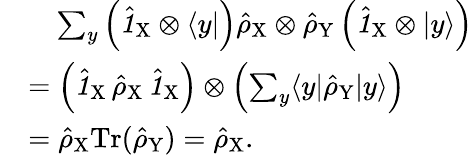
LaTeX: \begin{array}{rl}&{\quad\sum_{y}\left(\hat{\textbf{\textit{1}}\, }_{\! \mathrm{X}}\otimes\langle y|\right)\hat{\rho}_{\mathrm{X}}\otimes\hat{\rho}_{\mathrm{Y}}\left(\hat{\textbf{\textit{1}}\, }_{\! \mathrm{X}}\otimes|y\rangle\right)}\\ &{=\left(\hat{\textbf{\textit{1}}\, }_{\! \mathrm{X}}\, \hat{\rho}_{\mathrm{X}}\, \hat{\textbf{\textit{1}}\, }_{\! \mathrm{X}}\right)\otimes\left(\sum_{y}\langle y|\hat{\rho}_{\mathrm{Y}}|y\rangle\right)}\\ &{=\hat{\rho}_{\mathrm{X}}\mathrm{Tr}(\hat{\rho}_{\mathrm{Y}})=\hat{\rho}_{\mathrm{X}}.}\end{array}